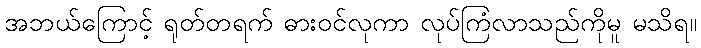
အဘယ်ကြောင့် ရုတ်တရက် ဓားဝင်လုကာ လုပ်ကြံလာသည်ကိုမူ မသိရ။